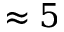
\approx 5